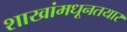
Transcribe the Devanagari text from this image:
शाखांमधूनतयार